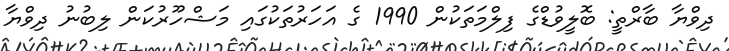
ދިވްޔާ ބާރްތީ: ބޮލީވުޑްގެ ފިލްމަތަކުން 1990 ގެ އަހަރުތަކުގައި މަޝްހޫރުކަން ލިބުނު ދިވްޔާ